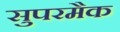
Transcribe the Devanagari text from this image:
सुपरमैक